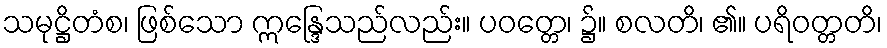
သမုဋ္ဌိတံစ၊ ဖြစ်သော ဣန္ဒြေသည်လည်း။ ပဝတ္တေ၊ ၌။ စလတိ၊ ၏။ ပရိဝတ္တတိ၊